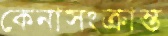
কেনাসংক্রান্ত